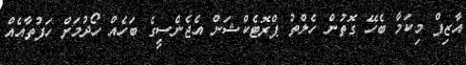
އާޒިފް މިކަމާ ބެހޭ ގޮތުން ހެލްތު ޕްރޮޓެކްޝަން އެޖެންސީގެ ބަހެއް ހޯދުމަށް ހަފުތާއެއް